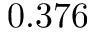
0 . 3 7 6